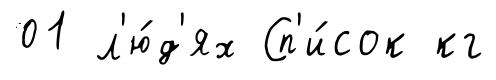
01 л'ю́д'ях Сп'и́сок кг